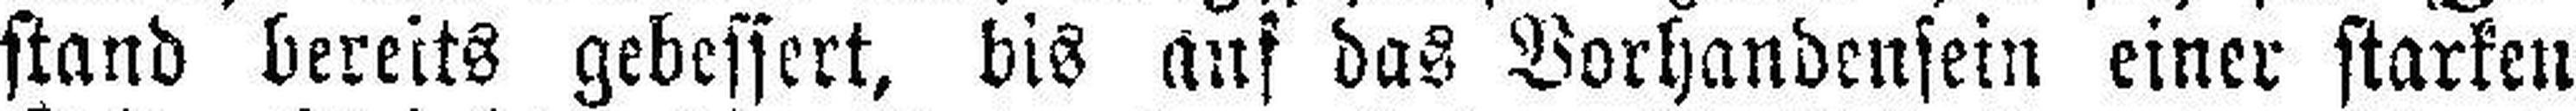
stand bereits gebessert, bis auf das Vorhandensein einer starken